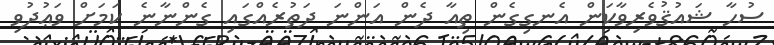
ސުހާ ޝައުޤުވެރިވާކަން އެނގިގެން ތިއާ ދެން އަންނަ ދަތުރެއްގައި ގެންނާނެ ކަމަށް ވަޢުދުވި